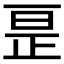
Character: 𫠱